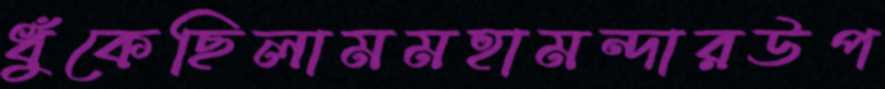
ধুঁকেছিলামমহামন্দারউপ